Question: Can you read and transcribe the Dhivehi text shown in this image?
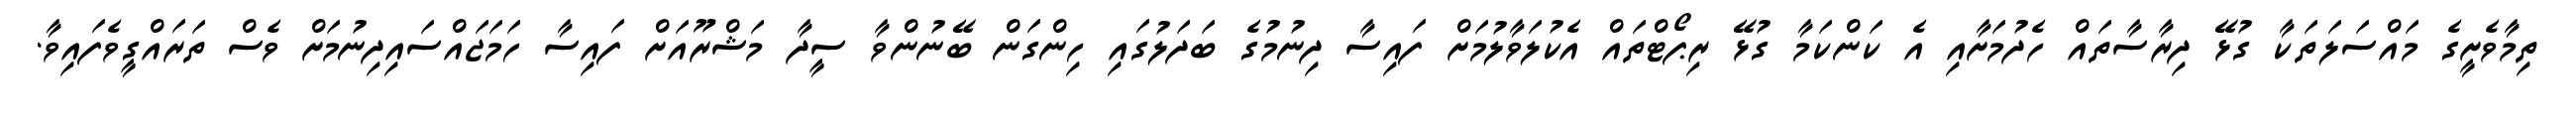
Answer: ތިމާވެށީގެ މައްސަލަތަކާ ގުޅޭ ދިރާސާތައް ހެދުމަށާއި އެ ކަންކަމާ ގުޅޭ ރިޕޯޓްތައް އެކުލަވާލުމަށް ފައިސާ ދިނުމުގެ ބަދަލުގައި ހިންގަން ބޭނުންވާ ސީދާ މަޝްރޫއަށް ފައިސާ ހަމަޖައްސައިދިނުމަށް ވެސް ތަރައްގީވެފައިވާ.